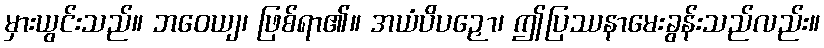
မှားယွင်းသည်။ ဘဝေယျ၊ ဖြစ်ရာ၏။ အယံပိပဉှော၊ ဤပြဿနာမေးခွန်းသည်လည်း။